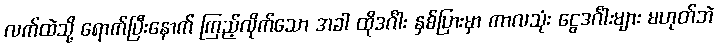
လက်ထဲသို့ ရောက်ပြီးနောက် ကြည့်လိုက်သော အခါ ထိုဒင်္ဂါး နှစ်ပြားမှာ ကာလသုံး ငွေဒင်္ဂါးများ မဟုတ်ဘဲ